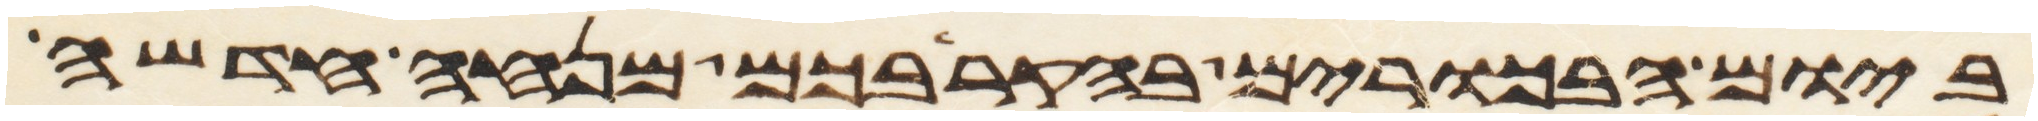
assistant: ביום הבכרים בהקריבכם מנחה חדשה